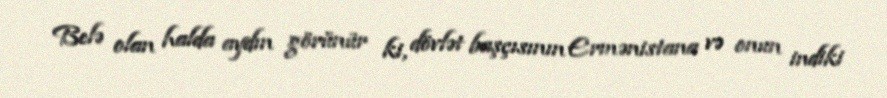
Belə olan halda aydın görünür ki, dövlət başçısının Ermənistana və onun indiki